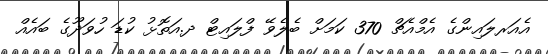
އެއަރލައިންގެ އެމްއެޗް 370 ކަމަށް ބެލެވޭ ފްލައިޓް ދ.އަތޮޅު ކުޑަ ހުވަދޫގެ ބައެއް